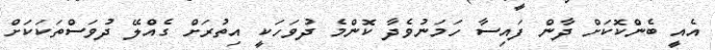
އެއީ ބެންކޮކަށް ދާން ފައިސާ ހަމަނުވެދާ ކޮންމެ ދުވަހަކީ އިތުރަށް ގެއްލޭ ދުވަސްތަކަކަށް